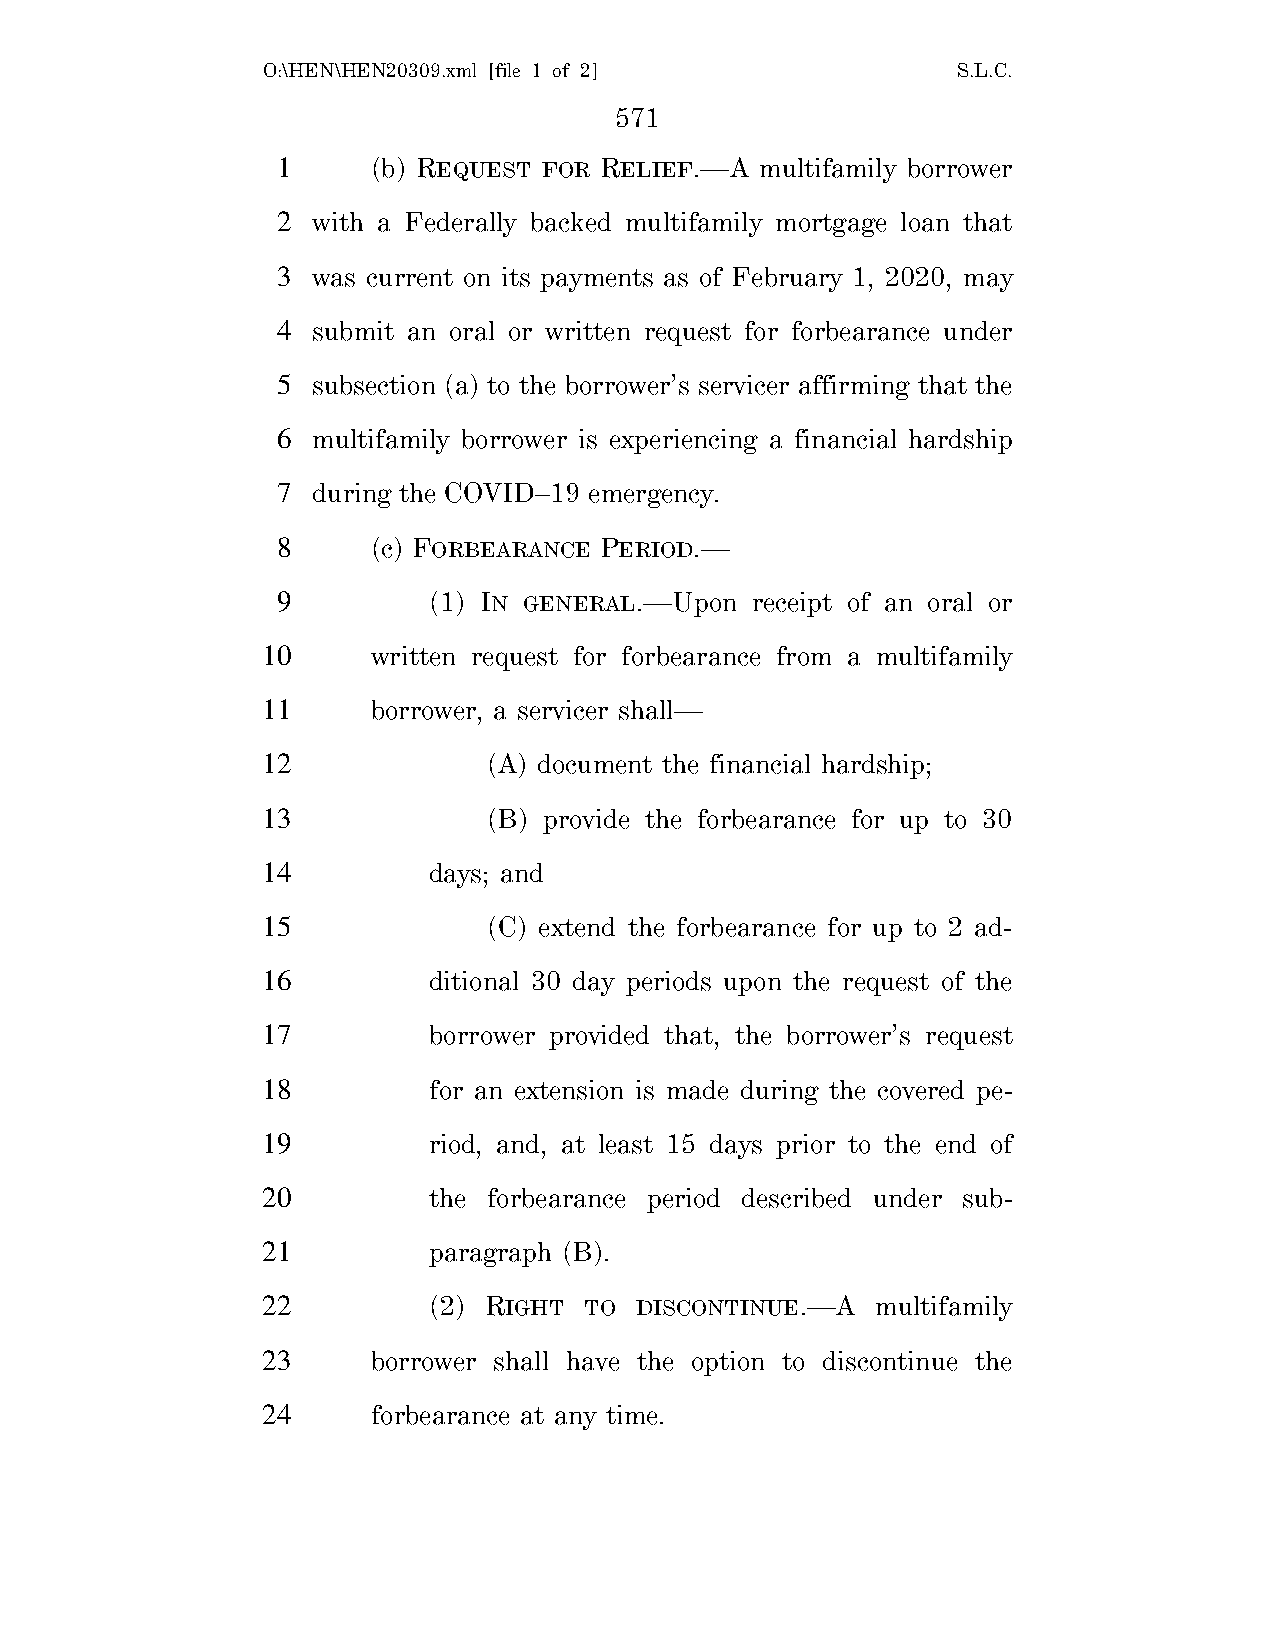
O:\HEN\HEN20309.xml [file 1 of 2]             S.L.C.
 571
 1      (b) REQUEST FOR RELIEF.—A multifamily borrower
 2  with a Federally backed multifamily mortgage loan that
 3  was current on its payments as of February 1, 2020, may
 4  submit an oral or written request for forbearance under
 5  subsection (a) to the borrower’s servicer affirming that the
 6  multifamily borrower is experiencing a financial hardship
 7  during the COVID–19 emergency.
 8      (c) FORBEARANCE PERIOD.—
 9         (1) IN GENERAL.—Upon  receipt of an oral or
 10      written request for forbearance from a multifamily
 11      borrower, a servicer shall—
 12             (A) document the financial hardship;
 13             (B) provide the forbearance for up to 30
 14         days; and
 15             (C) extend the forbearance for up to 2 ad-
 16         ditional 30 day periods upon the request of the
 17         borrower provided that, the borrower’s request
 18         for an extension is made during the covered pe-
 19         riod, and, at least 15 days prior to the end of
 20         the forbearance period described under sub-
 21         paragraph (B).
 22         (2) RIGHT  TO DISCONTINUE.—A  multifamily
 23      borrower shall have the option to discontinue the
 24      forbearance at any time.